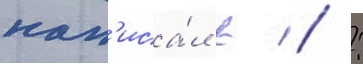
нап'иса́л в  :